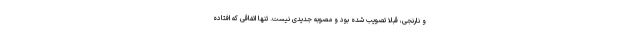
و نارنجی، قبلا تصویب شده بود و مصوبه جدیدی نیست. تنها اتفاقی که افتاده